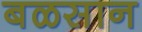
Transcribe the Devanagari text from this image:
बळसान